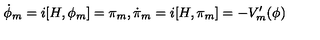
\dot { \phi } _ { m } = i [ H , \phi _ { m } ] = \pi _ { m } , \dot { \pi } _ { m } = i [ H , \pi _ { m } ] = - V _ { m } ^ { \prime } ( \phi )